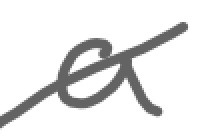
Text: a
Cross-out: diagonal
Writing tool: digital_gray